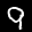
Label: 9